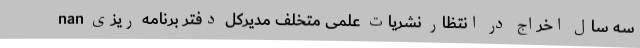
nan سه سال اخراج در انتظار نشریات علمی متخلف مدیرکل دفتر برنامه ریزی